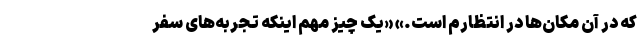
که در آن مکان‌ها در انتظارم است.» «یک چیز مهم اینکه تجربه‌های سفر